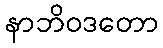
နာဘိဝဒတော